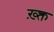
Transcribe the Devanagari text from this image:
ख़्क्त